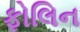
ફોલિન